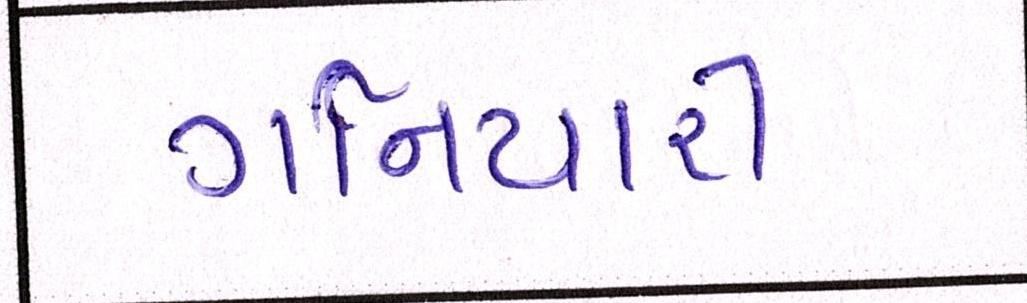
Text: ગનિયારી